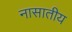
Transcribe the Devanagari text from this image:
नासातीय